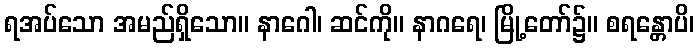
ရအပ်သော အမည်ရှိသော။ နာဂေါ၊ ဆင်ကို။ နာဂရေ၊ မြို့တော်၌။ စရန္တောပိ၊